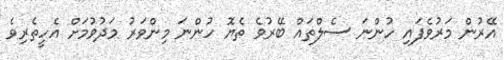
އޭރުން މަރުވެފައި ހުންނަ ސެލްތައް ބޭރުވެ ތެޔޮ ހުންނަ މިންވަރު މަދުވުމަށް އެހީތެރިވެ